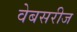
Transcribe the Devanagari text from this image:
वेबसरीज